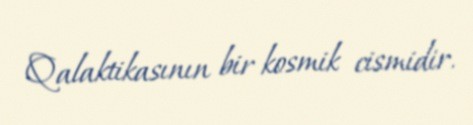
Qalaktikasının bir kosmik cismidir.